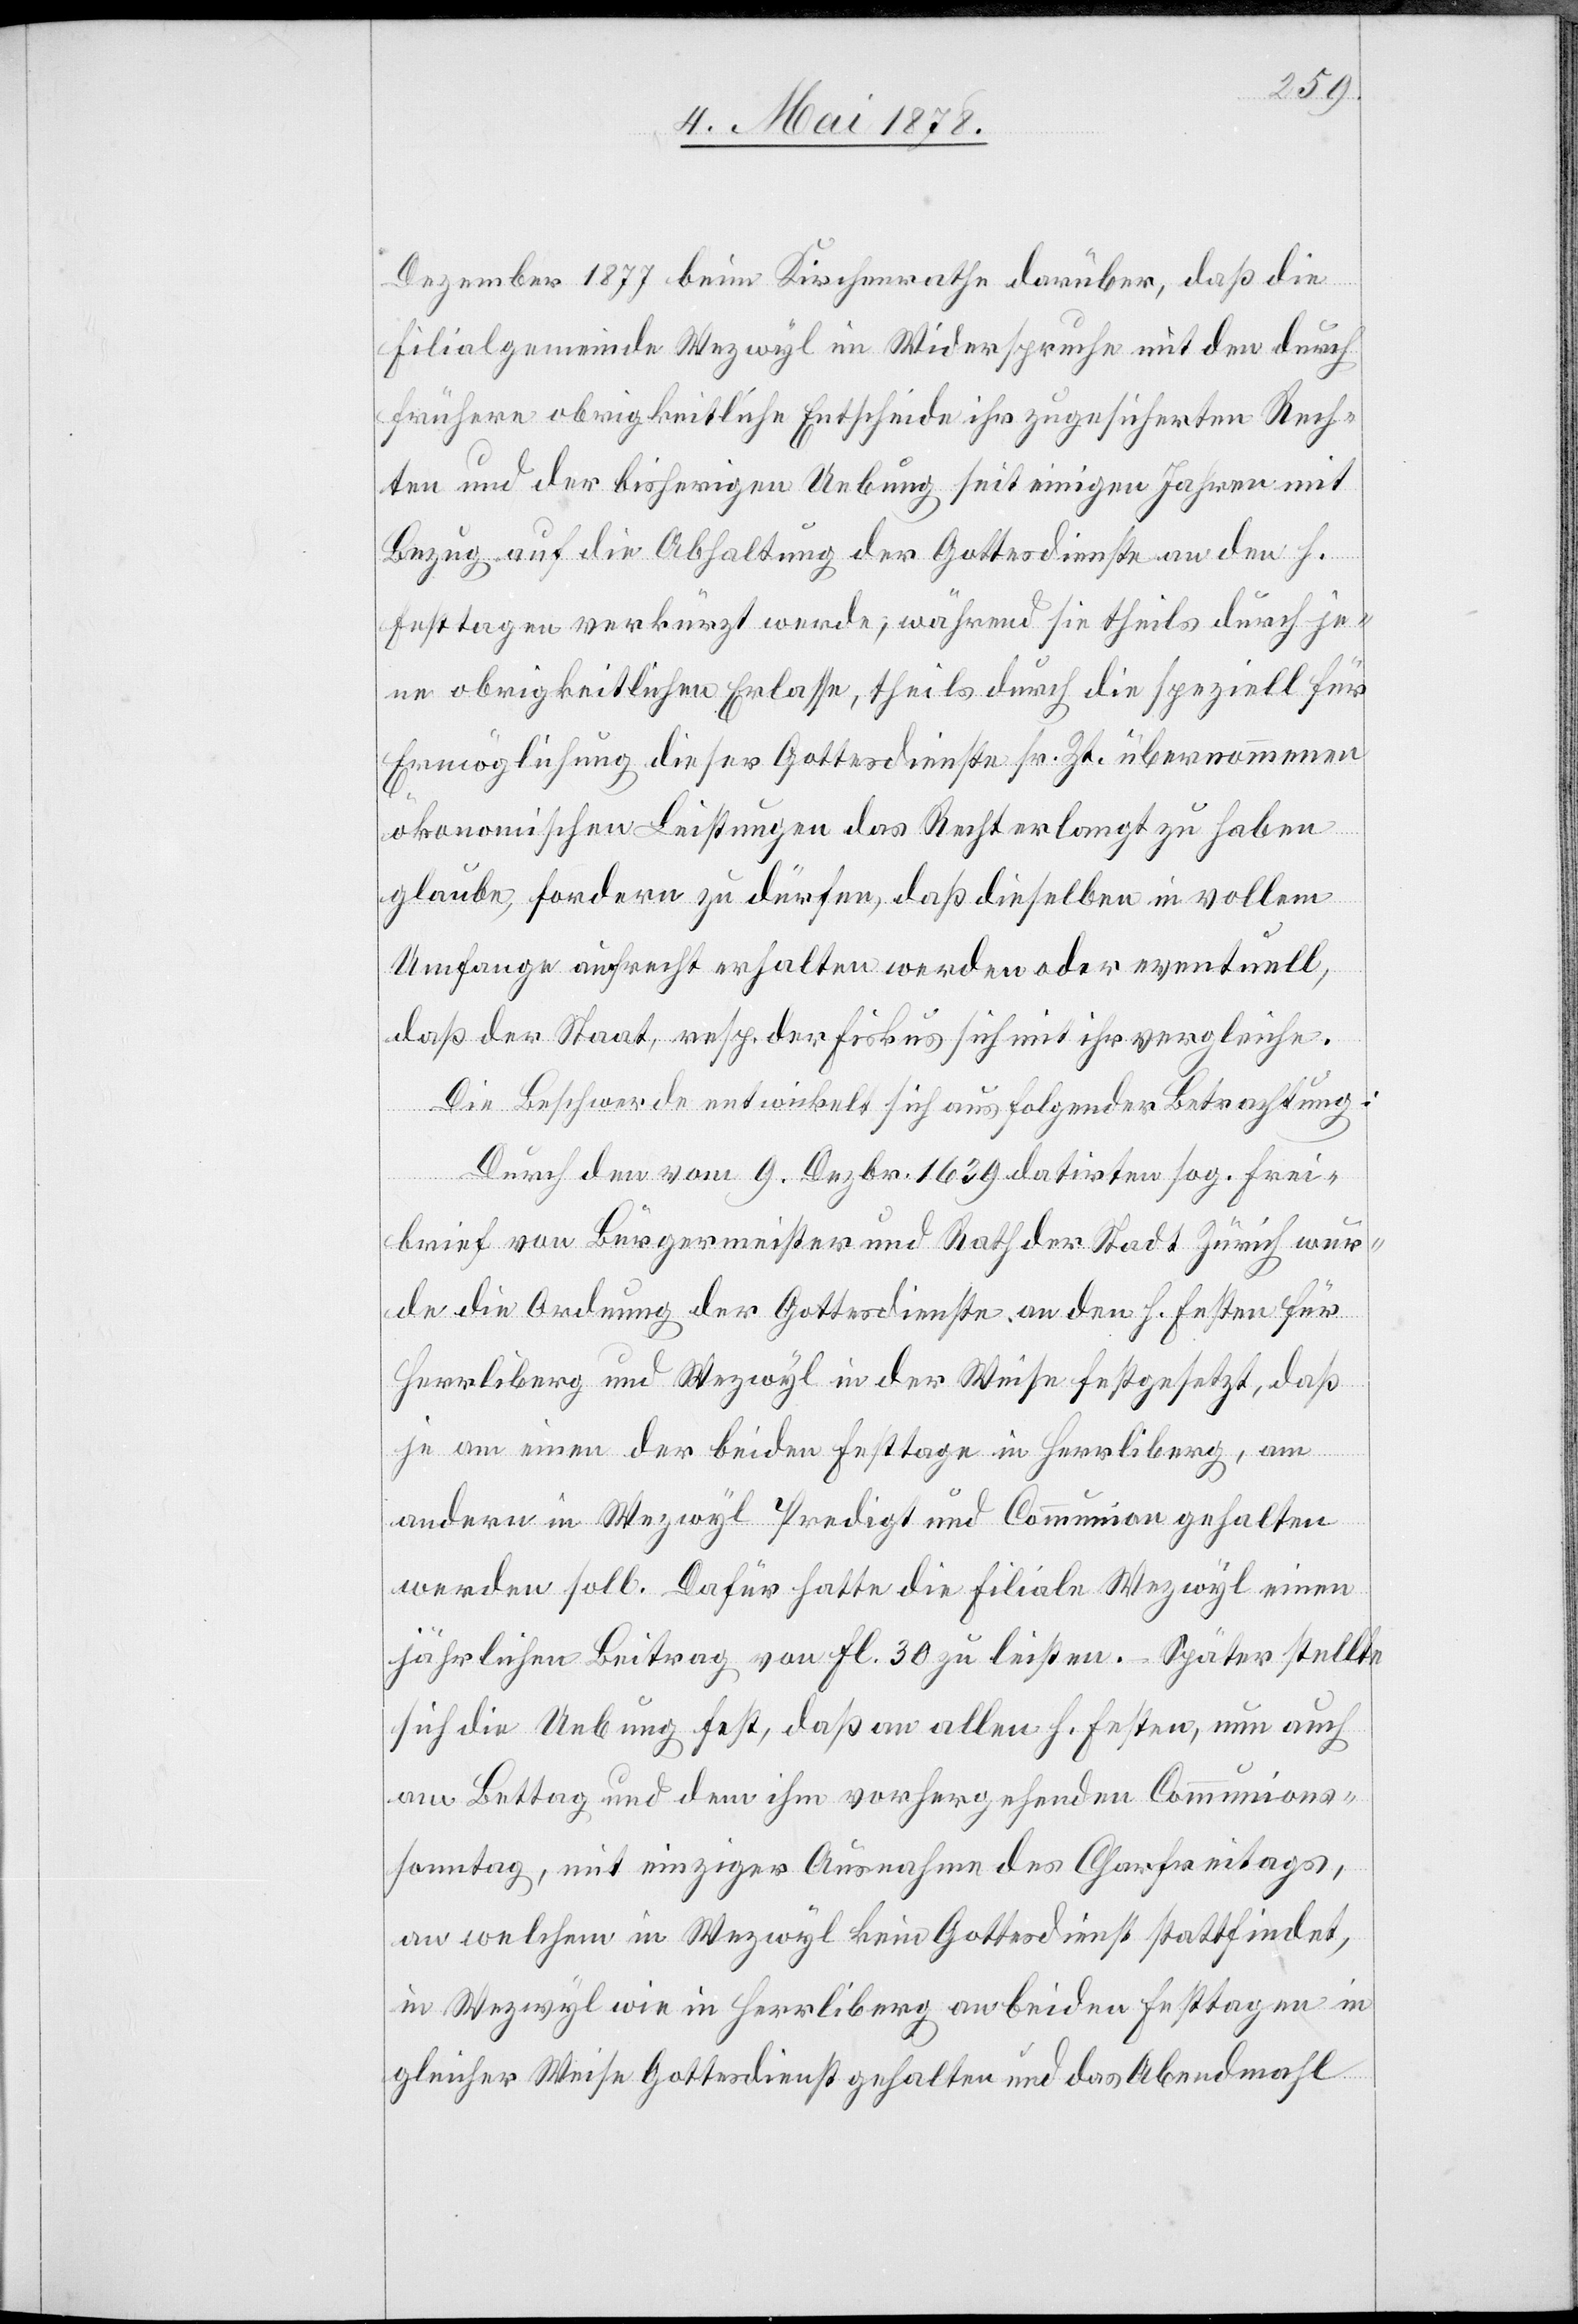
Dezember 1877 beim Kirchenrathe darüber, daß die
Filialgemeinde Wezwyl im Widerspruche mit den durch
frühere obrigkeitliche Entscheide ihr zugesicherten Rech¬
ten und der bisherigen Uebung seit einigen Jahren mit
Bezug auf die Abhaltung der Gottesdienste an den h.
Festtagen verkürzt werde, während sie theils durch je¬
ne obrigkeitlichen Erlasse, theils durch die speziell für
Ermöglichung dieser Gottesdienste sr. Zt. übernommene
ökonomischen Leistungen das Recht erlangt zu haben
glaube, fordern zu dürfen, daß dieselben in vollem
Umfange aufrecht erhalten werden oder eventuell,
daß der Staat, resp. der Fiskus sich mit ihr vergleiche.
Die Beschwerde entwickelt sich aus folgender Betrachtung:
Durch den vom 9. Dezbr. 1639 datirten sog. Frei¬
brief von Bürgermeister und Rath der Stadt Zürich wur¬
de die Ordnung der Gottesdienste an den h. Festen für
Herrliberg und Wezwyl in der Weise festgesetzt, daß
je an einem der beiden Festtage im Herrliberg, am
andern in Wezwyl Predigt und Communion gehalten
werden soll. Dafür hatte die Filiale Wezwyl einen
jährlichen Beitrag von Fl. 30 zu leisten. Später stellte
sich die Uebung fest, daß an allen h. Festen, nun auch
am Bettag und dem ihm vorhergehenden Communions¬
sonntag, mit einziger Ausnahme des Chorfreitags,
an welchem in Wezwyl kein Gottesdienst stattfindet,
in Wezwyl wie in Herrliberg an beiden Festtagen in
gleicher Weise Gottesdienst gehalten und das Abendmahl